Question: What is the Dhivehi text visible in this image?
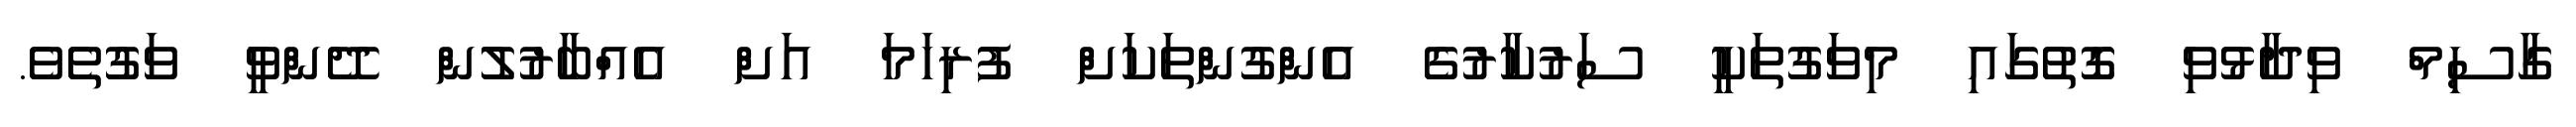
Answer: ގާސިމް ވިދާޅުވި ގޮތުގައި މިވަގުތަކީ ސަރުކާރުގެ އެންގުންތަކަށް ފުރިހަމަ އަށް އެއްބާރުލުން ދޭންވީ ވަގުތެވެ.